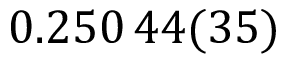
0 . 2 5 0 \, 4 4 ( 3 5 )